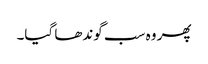
پھر وہ سب گوندھا گیا۔